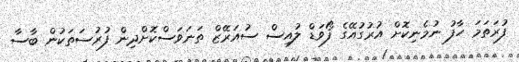
ފުރަތަމަ ހާފު ނުމެނިކޮށް އުރުގުއޭގެ ފޯވަޑް ލުއިސް ސުއަރޭޒް ތަނަވަސްކޮށްދިން ފުރުސަތަކުން ބާސާ